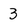
Character: 3